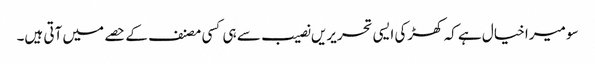
سو میرا خیال ہے کہ کھڑکی ایسی تحریریں نصیب سے ہی کسی مصنف کے حصے میں آتی ہیں۔